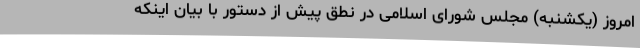
امروز (یکشنبه) مجلس شورای اسلامی در نطق پیش از دستور با بیان اینکه